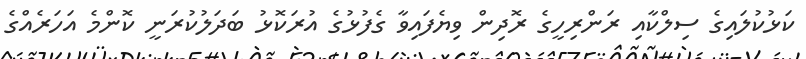
ކަޅުކުލައިގެ ސިލްކާއި ރަންރިހީގެ ރޮދިން ވިޔެފައިވާ ގެފުޅުގެ އުރަކޮޅު ބަދަލުކުރަނީ ކޮންމެ އަހަރެއްގެ